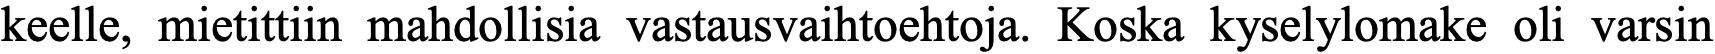
keelle, mietittiin mahdollisia vastausvaihtoehtoja. Koska kyselylomake oli varsin